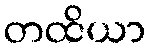
တထိယာ